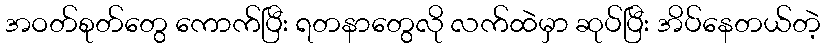
အဝတ်စုတ်တွေ ကောက်ပြီး ရတနာတွေလို လက်ထဲမှာ ဆုပ်ပြီး အိပ်နေတယ်တဲ့